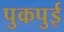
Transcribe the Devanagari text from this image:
पुकपुई